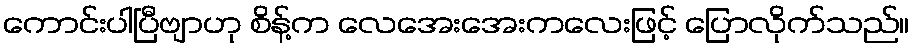
ကောင်းပါပြီဗျာဟု စိန့်က လေအေးအေးကလေးဖြင့် ပြောလိုက်သည်။